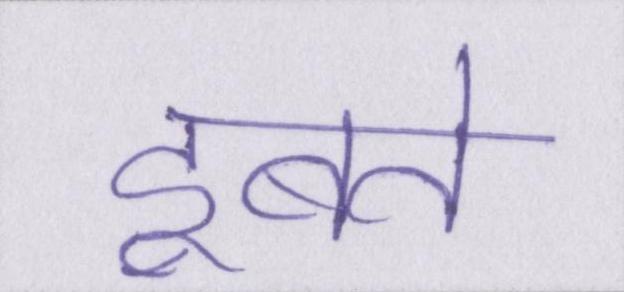
डूबते